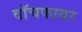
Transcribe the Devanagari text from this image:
वॉचफायर